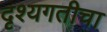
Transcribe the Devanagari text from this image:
दृश्यगतीचा